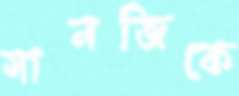
সানজিকে